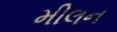
મીલન